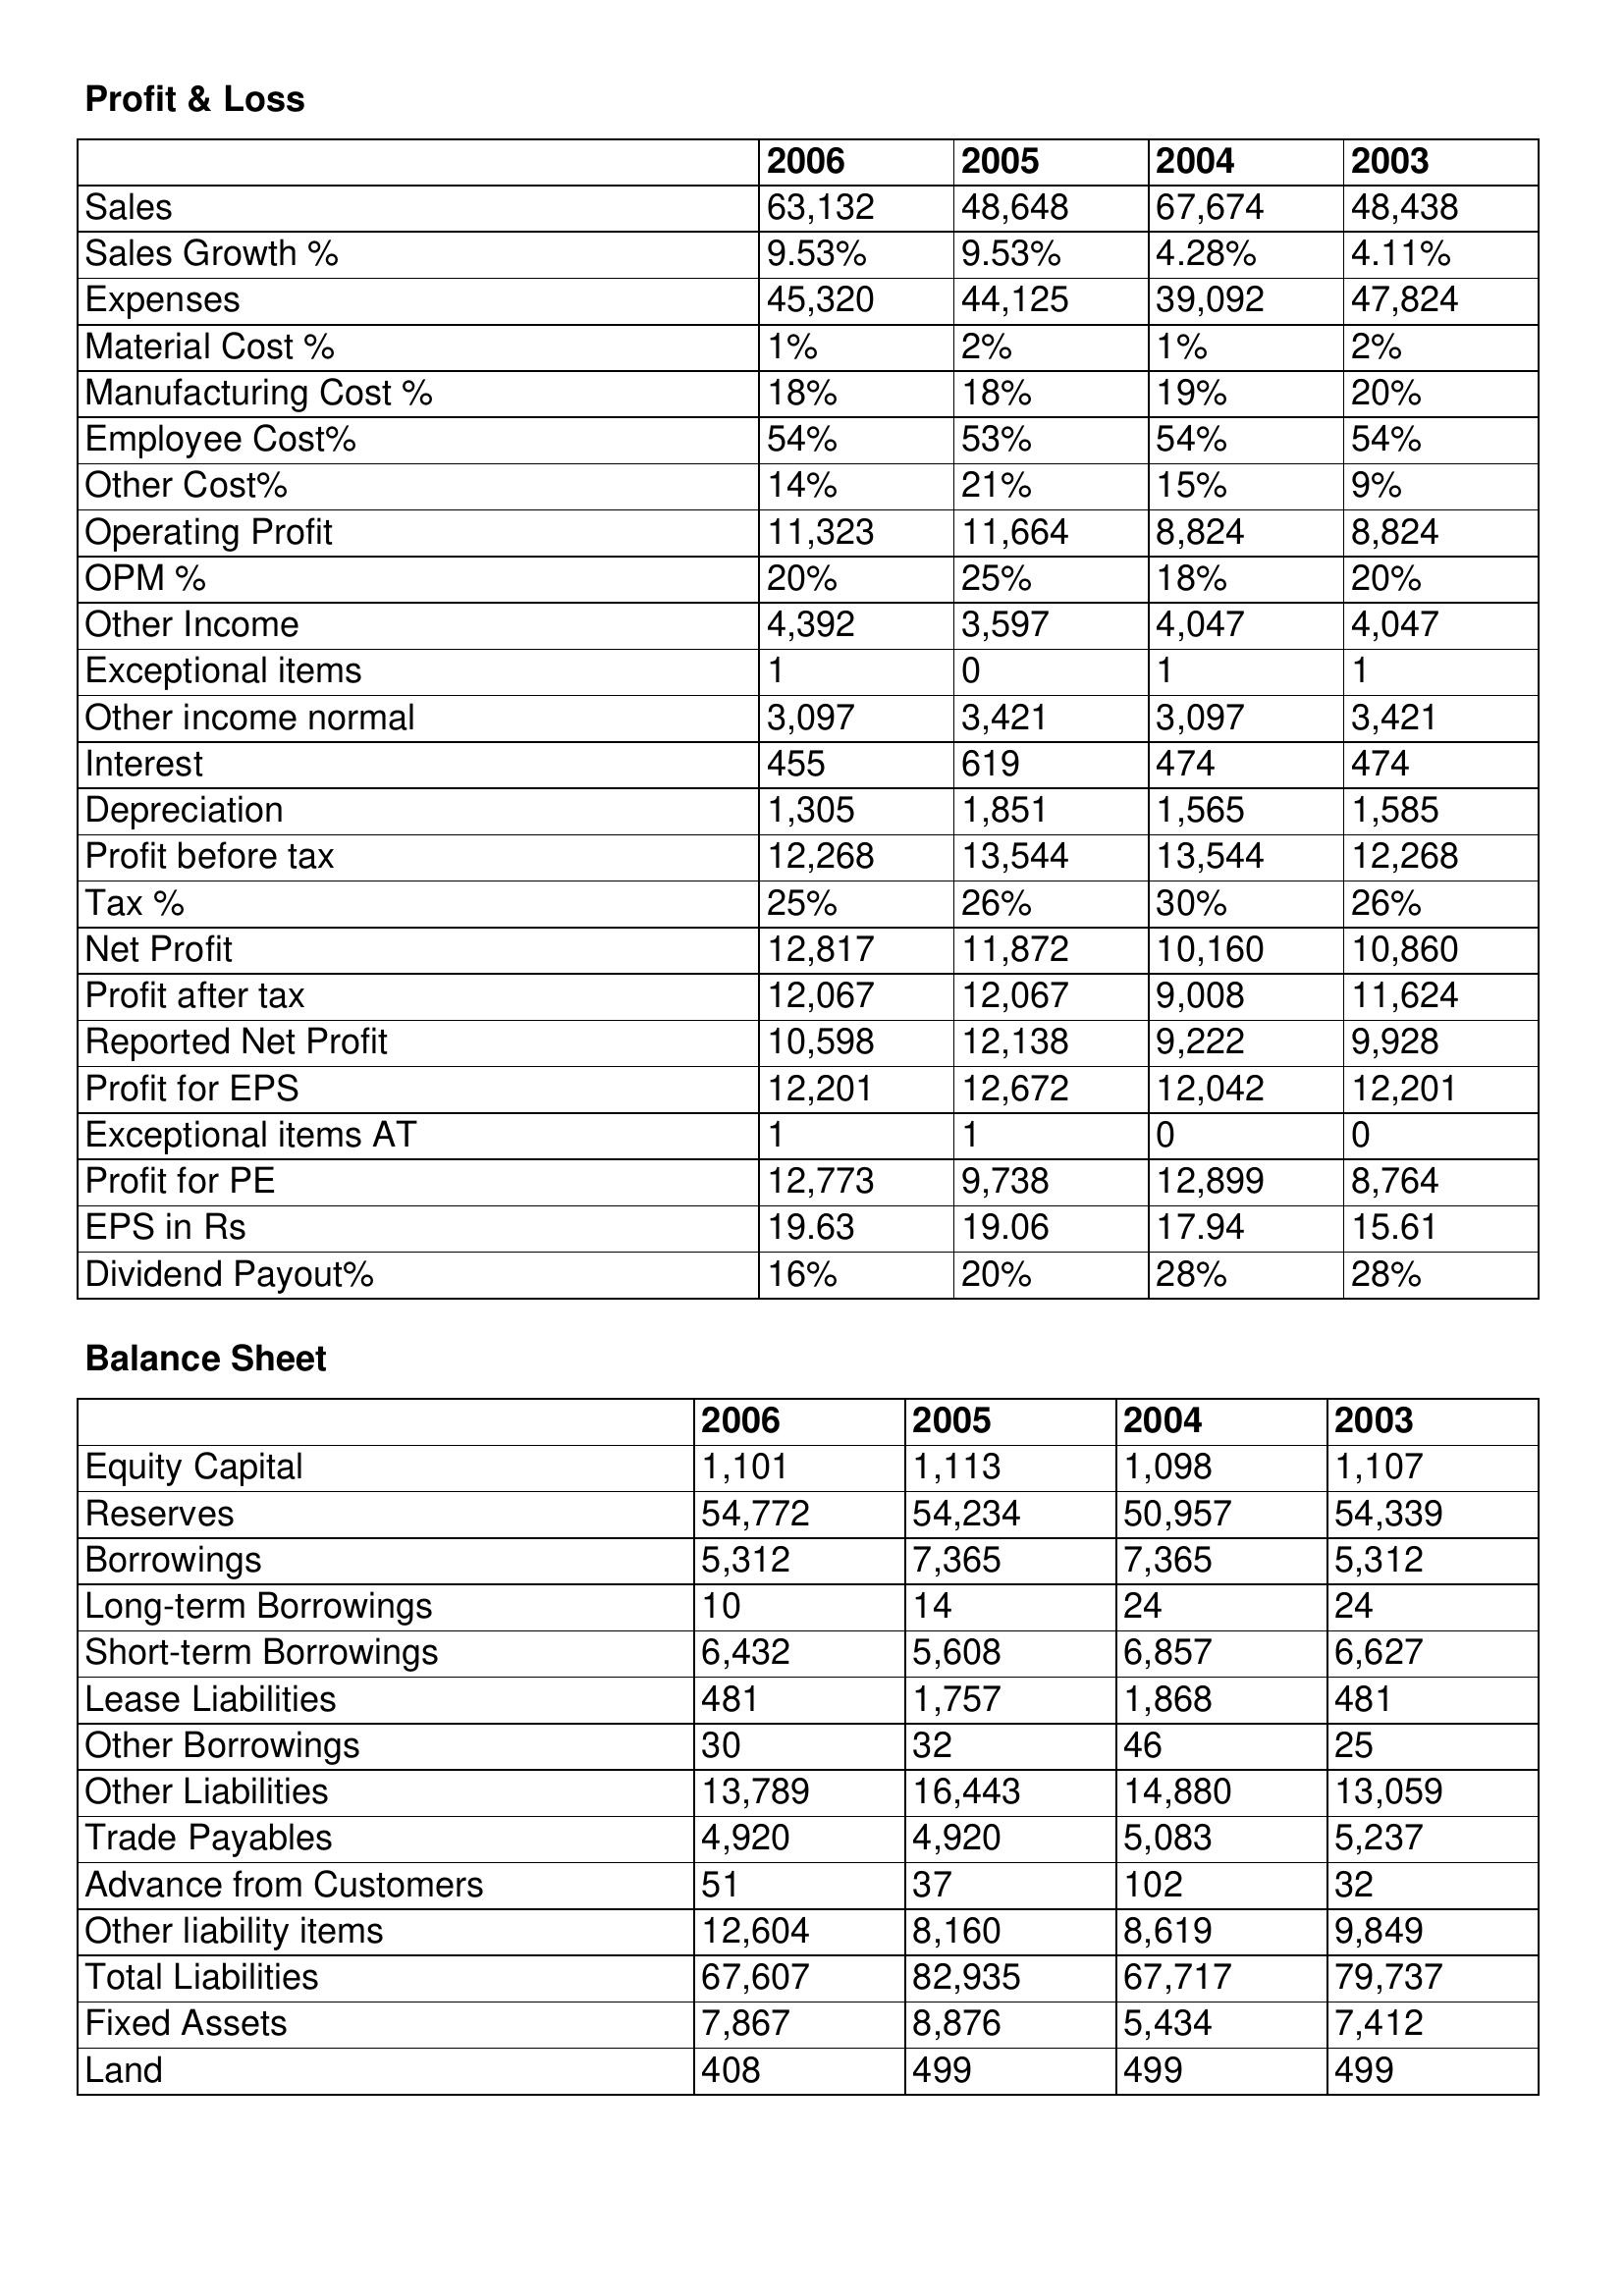
gt_parse: 2006: Profit & Loss: Sales: 63,132
Sales Growth %: 9.53%
Expenses: 45,320
Material Cost %: 1%
Manufacturing Cost %: 18%
Employee Cost%: 54%
Other Cost%: 14%
Operating Profit: 11,323
OPM %: 20%
Other Income: 4,392
Exceptional items: 1
Other income normal: 3,097
Interest: 455
Depreciation: 1,305
Profit before tax: 12,268
Tax %: 25%
Net Profit: 12,817
Profit after tax: 12,067
Reported Net Profit: 10,598
Profit for EPS: 12,201
Exceptional items AT: 1
Profit for PE: 12,773
EPS in Rs: 19.63
Dividend Payout%: 16%
Balance Sheet: Equity Capital: 1,101
Reserves: 54,772
Borrowings: 5,312
Long-term Borrowings: 10
Short-term Borrowings: 6,432
Lease Liabilities: 481
Other Borrowings: 30
Other Liabilities: 13,789
Trade Payables: 4,920
Advance from Customers: 51
Other liability items: 12,604
Total Liabilities: 67,607
Fixed Assets: 7,867
Land: 408
2005: Profit & Loss: Sales: 48,648
Sales Growth %: 9.53%
Expenses: 44,125
Material Cost %: 2%
Manufacturing Cost %: 18%
Employee Cost%: 53%
Other Cost%: 21%
Operating Profit: 11,664
OPM %: 25%
Other Income: 3,597
Exceptional items: 0
Other income normal: 3,421
Interest: 619
Depreciation: 1,851
Profit before tax: 13,544
Tax %: 26%
Net Profit: 11,872
Profit after tax: 12,067
Reported Net Profit: 12,138
Profit for EPS: 12,672
Exceptional items AT: 1
Profit for PE: 9,738
EPS in Rs: 19.06
Dividend Payout%: 20%
Balance Sheet: Equity Capital: 1,113
Reserves: 54,234
Borrowings: 7,365
Long-term Borrowings: 14
Short-term Borrowings: 5,608
Lease Liabilities: 1,757
Other Borrowings: 32
Other Liabilities: 16,443
Trade Payables: 4,920
Advance from Customers: 37
Other liability items: 8,160
Total Liabilities: 82,935
Fixed Assets: 8,876
Land: 499
2004: Profit & Loss: Sales: 67,674
Sales Growth %: 4.28%
Expenses: 39,092
Material Cost %: 1%
Manufacturing Cost %: 19%
Employee Cost%: 54%
Other Cost%: 15%
Operating Profit: 8,824
OPM %: 18%
Other Income: 4,047
Exceptional items: 1
Other income normal: 3,097
Interest: 474
Depreciation: 1,565
Profit before tax: 13,544
Tax %: 30%
Net Profit: 10,160
Profit after tax: 9,008
Reported Net Profit: 9,222
Profit for EPS: 12,042
Exceptional items AT: 0
Profit for PE: 12,899
EPS in Rs: 17.94
Dividend Payout%: 28%
Balance Sheet: Equity Capital: 1,098
Reserves: 50,957
Borrowings: 7,365
Long-term Borrowings: 24
Short-term Borrowings: 6,857
Lease Liabilities: 1,868
Other Borrowings: 46
Other Liabilities: 14,880
Trade Payables: 5,083
Advance from Customers: 102
Other liability items: 8,619
Total Liabilities: 67,717
Fixed Assets: 5,434
Land: 499
2003: Profit & Loss: Sales: 48,438
Sales Growth %: 4.11%
Expenses: 47,824
Material Cost %: 2%
Manufacturing Cost %: 20%
Employee Cost%: 54%
Other Cost%: 9%
Operating Profit: 8,824
OPM %: 20%
Other Income: 4,047
Exceptional items: 1
Other income normal: 3,421
Interest: 474
Depreciation: 1,585
Profit before tax: 12,268
Tax %: 26%
Net Profit: 10,860
Profit after tax: 11,624
Reported Net Profit: 9,928
Profit for EPS: 12,201
Exceptional items AT: 0
Profit for PE: 8,764
EPS in Rs: 15.61
Dividend Payout%: 28%
Balance Sheet: Equity Capital: 1,107
Reserves: 54,339
Borrowings: 5,312
Long-term Borrowings: 24
Short-term Borrowings: 6,627
Lease Liabilities: 481
Other Borrowings: 25
Other Liabilities: 13,059
Trade Payables: 5,237
Advance from Customers: 32
Other liability items: 9,849
Total Liabilities: 79,737
Fixed Assets: 7,412
Land: 499